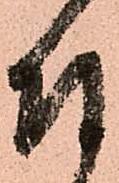
付